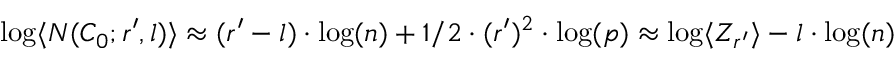
\log \langle N ( C _ { 0 } ; r ^ { \prime } , l ) \rangle \approx ( r ^ { \prime } - l ) \cdot \log ( n ) + 1 / 2 \cdot ( r ^ { \prime } ) ^ { 2 } \cdot \log ( p ) \approx \log \langle Z _ { r ^ { \prime } } \rangle - l \cdot \log ( n )